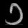
Digit: ၁